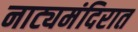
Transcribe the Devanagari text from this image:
नाट्यमंदिरात